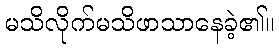
မသိလိုက်မသိဖာသာနေခဲ့၏။